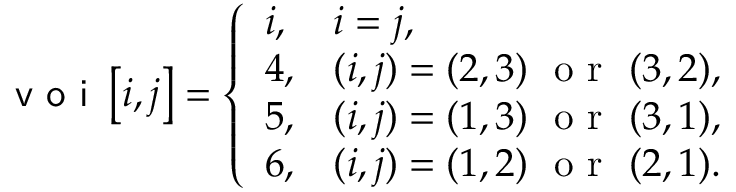
\textsf { v o i } \left[ i , j \right] = \left\{ \begin{array} { l l } { i , } & { i = j , } \\ { 4 , } & { ( i , j ) = ( 2 , 3 ) ~ \mathrm { ~ o ~ r ~ } ~ ( 3 , 2 ) , } \\ { 5 , } & { ( i , j ) = ( 1 , 3 ) ~ \mathrm { ~ o ~ r ~ } ~ ( 3 , 1 ) , } \\ { 6 , } & { ( i , j ) = ( 1 , 2 ) ~ \mathrm { ~ o ~ r ~ } ~ ( 2 , 1 ) . } \end{array} \right.